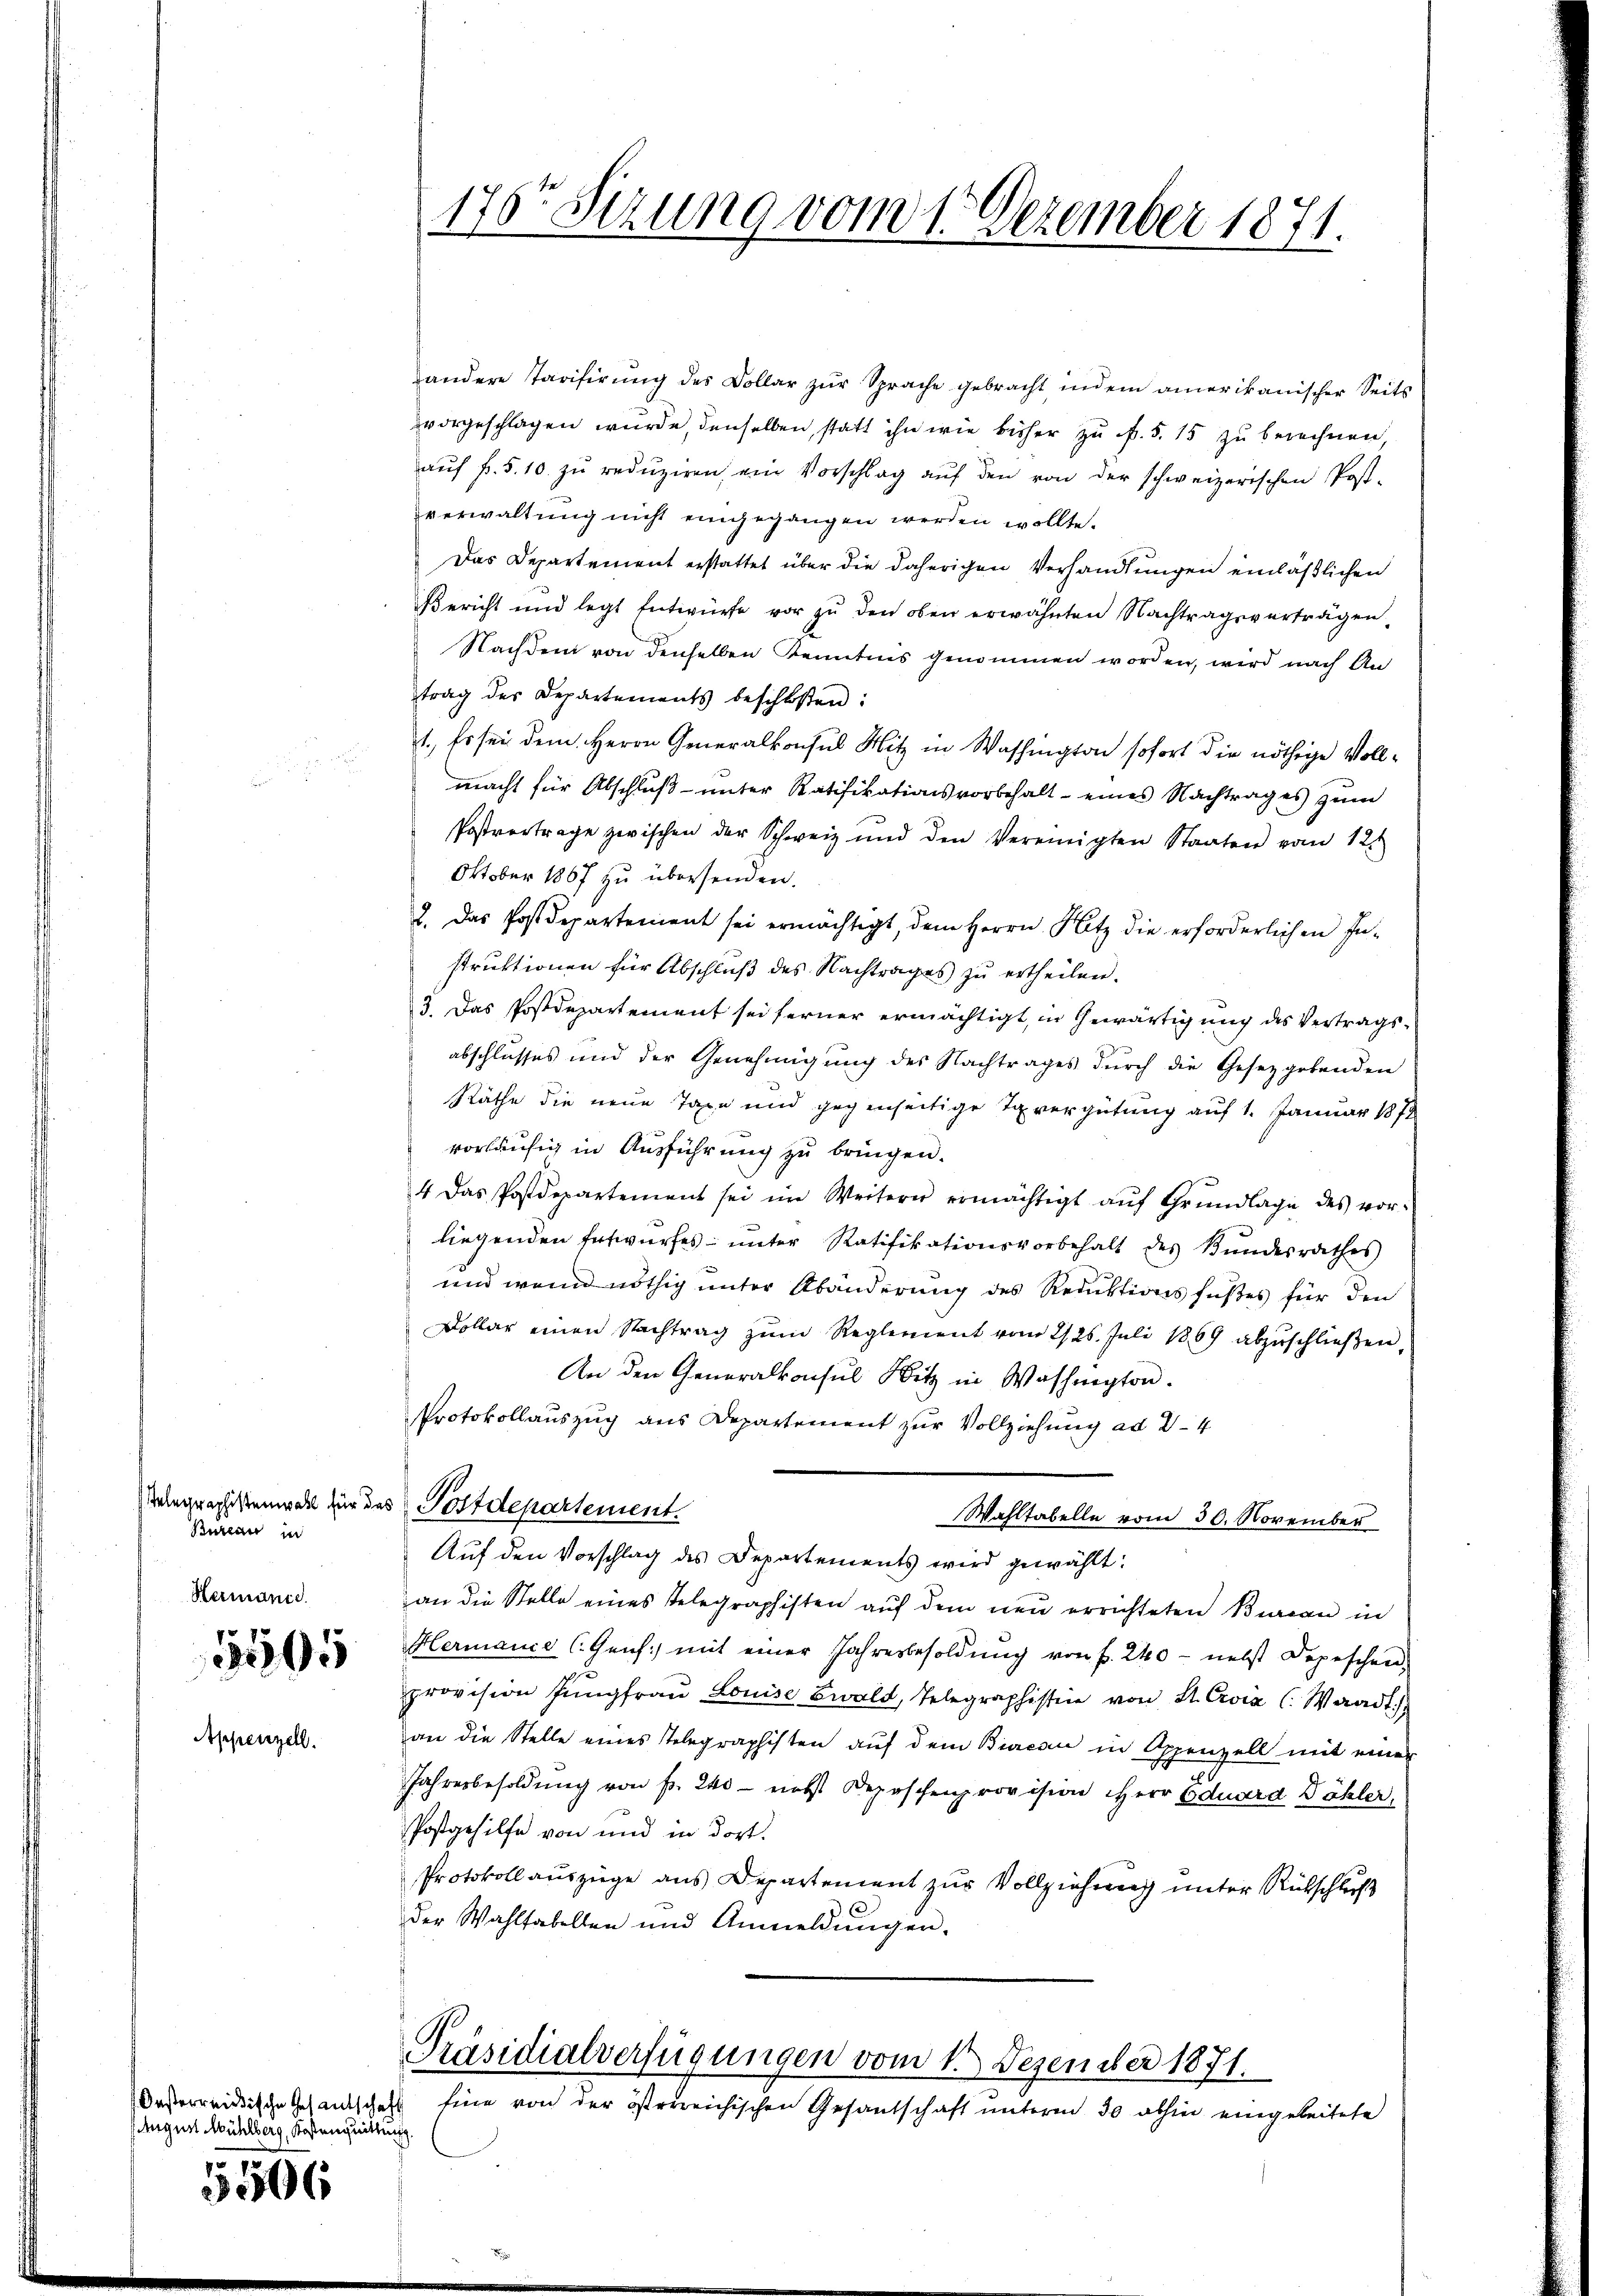
Telegraphistenwahl für das
Bureau in
Hermanie.

395

Appenzell.

Oesterreidische Gesentschaft
August Mühlberg, Kosten quittung

5506

andere Tarifirŭng des Collar zŭr Sprache gebracht indem amerikanischer Seits
vorgeschlagen wurde, denselben, statt ihn wie bisher zu f. 5. 15 zu berechnen,
aŭf fr. 5. 10. zŭ redŭziren, ein Vorschlag auf den von der schweizerischen Post-
verwaltung nicht eingegangen werden wollte.
Das Departement erstattet über die daherigen Verhandlungen einläßlichen
Bericht und legt Entwürfe vor zu den oben erwähnten Nachtragsverträgen,
Nachdem von denselben Kenntnis genommen worden, wird nach An
trag des Departements beschloßen:
1., Es sei dem Herrn Generalkonsul Hitz in Washington sofort die nöthige Vollmacht für Abschlŭβ ŭnter Ratifikationsvorbehalt eines Nachtrages zŭm
Postvertrage zwischen der Schweiz und den Vereinigten Staaten vom 12.
Oktober 1867 zu übersenden.
2. Das Postdepartement sei ermächtigt, dem Herrn Satz die erforderlichen In-
struktionen für Abschluß des Nachtrages zu ertheilen.
3. Das Postdepartement sei ferner ermächtigt, in Gewärtigung des Vertragsabschlusses und der Genehmigung des Nachtrages durch die Gesetzgebenden
Räthe die neue Taxe und gegenseitige Tavergütung auf 1. Januar 1872
vorläufig in Ausführung zu bringen.
4 das Postdepartement sei im Weitern ermächtigt aŭf Grŭndlage des vor-
liegenden Entwurfes unter Ratifikationsvorbehalt des Bŭndesrathes
und wenn nöthig unter Abänderung des Reduktionsfußes für den
Dollar einen Nachtrag zum Reglement vom 2/26. Juli 1869 abzŭschlieβen.
An den Generalkonsul Sitz in Washington.
Protokollauszug aus Departement zur Vollziehung ad 24
Postdepartement.
Wahltabelle vom 30. November
Aŭf den Vorschlag des Departements wird gewählt:
an die Stelle eines Telegraphisten auf dem neu errichteten Bureau in
Hermanie C. Genf mit einer Jahresbesoldŭng von f. 240 - nebst Depeschen.
provision Jŭngfraŭ Louise Ewald, Telegraphistine von St. Croix C. Waadt.
an die Stelle eines Telegraphisten auf dem Biacon in Appenzell mit einer
Jahresbesoldung von Fr. 240 - nebst Deposchenprovision Herr Eduard Dähler,
Postgehilfe von und in dort.
Protokoll auszüge aus Departement zur Vollziehung unter Rückschluß
der Wahltabellen und Anmeldŭngen.

176r Sitzung vom 1. Dezember 1871.

Präsidialverfügungen vom 1. Dezember 1871.
Eine von der österreichischen Gesantschaft unterm 30 abhin eingeleitete